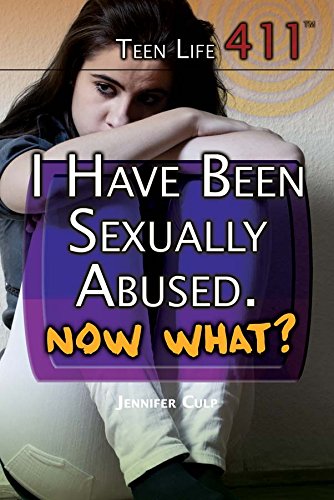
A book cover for I Have Been Sexually Abused. Now What? (Teen Life 411); Jennifer Culp; Teen & Young Adult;